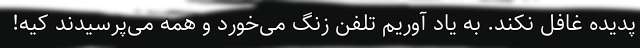
پدیده غافل نکند. به یاد آوریم تلفن زنگ می‌خورد و همه می‌پرسیدند کیه!